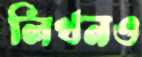
লিখনও